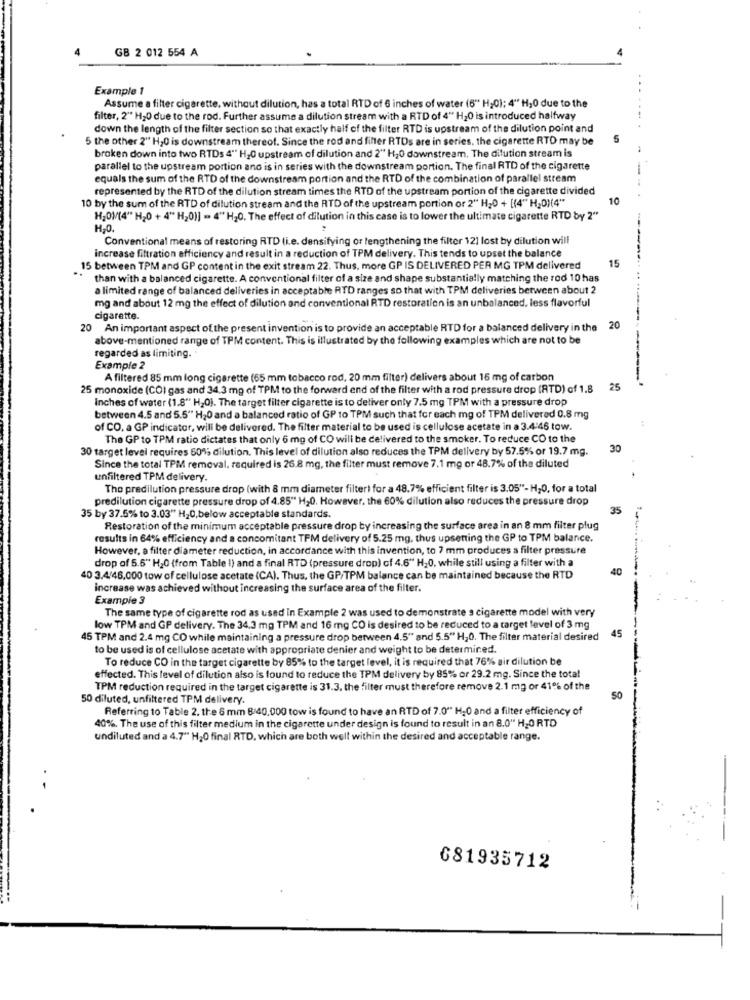
GB 2 012 554 A
Example 1
Assume a filter cigarette, without dilution, has a total RTD of 6 inches of water (6" H;0); 4" H20 due to the
filter, 2" H2O due to the rod. Further assume a dilution stream with a RTD of 4" H20 is introduced halfway
down the length of the filter section so that exactly half of the filter RTD is upstream of the dilution point and
5 the other 2" H,0 is downstream thereof. Since the rod and filter RTDs are in series, the cigarette RTD may be
5
broken down into two RTDs 4" H20 upstream of dilution and 2" H20 downstream. The dilution stream is
parallel to the upstream portion ano is in series with the downstream portion. The final RTD of the cigarette
equals the sum of the RTD of the downstream portion and the RTD of the combination of parallel stream
represented by the RTD of the dilution stream times the RTD of the upstream portion of the cigarette divided
10
10 by the sum of the RTD of dilution stream and the RTD of the upstream portion or 2"" H2O + [(4"" H20)(4"
H,OM(4" H2O + 4" H20)] = 4" H20. The effect of dilution in this case is to lower the ultimate cigarette RTD by 2"
H.O.
Conventional means of restoring RTD (i.e. densifying or lengthening the filter 121 lost by dilution will
increase filtration efficiency and result in a reduction of TPM delivery. This tends to upset the balance
15 between TPM and GP content in the exit stream 22. Thus, more GP IS DELIVERED PER MG TPM delivered
15
than with a balanced cigarette. A conventional filter of a size and shape substantially matching the rod 10 has
a limited range of balanced deliveries in acceptable RTD ranges so that with TPM deliveries between about 2
mg and about 12 mg the effect of dilution and conventional RTD restoration is an unbalanced, less flavorful
cigarette.
20 An important aspect of the present invention is to provide an acceptable RTD for a balanced delivery in the 20
above-mentioned range of TPM content. This is illustrated by the following examples which are not to be
regarded as limiting.
Example 2
A filtered 85 mm long cigarette (65 mm tobacco rod, 20 mm filter) delivers about 16 mg of carbon
25 monoxide (COI gas and 34.3 mg of TPM to the forward end of the filter with a rod pressure drop (ATD) of 1.8
25
Inches of water (1.8" H,0). The target filter cigarette is to deliver only 7.5 mg TPM with a pressure drop
between 4.5 and 5.5" H20 and a balanced ratio of GP to TPM such that for each mg of TPM delivered 0.8 mg
of CO, a GP indicator, will be delivered. The filter material to be used is cellulose acetate in a 3.4:46 tow.
The GP to TPM ratio dictates that only 6 mg of CO will be delivered to the smoker. To reduce CO to the
30 target level requires 60% dilution. This level of dilution also reduces the TPM delivery by 57.5% or 19.7 mg.
30
Since the total TPM removal, required is 26.8 mg, the filter must remove 7.1 mg or 48.7% of the diluted
unfiltered TPM delivery.
The predilution pressure drop (with 8 mm diameter filter) for a 48.7% efficient filter is 3.05"- H2O, for a total
predilution cigarette pressure drop of 4.85" H20. However, the 60% dilution also reduces the pressure drop
35
35 by 37.5% to 3.03" H20,below acceptable standards.
Restoration of the minimum acceptable pressure drop by increasing the surface area in an 8 mm filter plug
results in 64% efficiency and a concomitant TFM delivery of 5.25 mg, thus upsetting the GP to TPM balance.
However, a filter diameter reduction, in accordance with this invention, to 7 mm produces a filter pressure
drop of 5.5" H20 (from Table I) and a final RTD (pressure drop) of 4.6" H,0, while still using a filter with a
40
40 3.4/46.000 tow of cellulose acetate (CA). Thus, the GP/TPM balance can be maintained because the RTD
increase was achieved without increasing the surface area of the filter.
Example 3
The same type of cigarette rod as used In Example 2 was used to demonstrate a cigarette model with very
low TPM and GP delivery. The 34.3 mg TPM and 16 mg CO is desired to be reduced to a target level of 3 mg
45
45 TPM and 2.4 mg CO while maintaining a pressure drop between 4.5" and 5.5"" H20. The filter material desired
to be used is of cellulose acetate with appropriate denier and weight to be determined.
To reduce CO in the target cigarette by 85% to the target level, it is required that 76% air dilution be
effected. This level of dilution also is found to reduce the TPM delivery by 85% or 29.2 mg. Since the total
TPM reduction required in the target cigarette is 31.3. the filter must therefore remove 2.1 mg or 41% of the
50 diluted, unfiltered TPM delivery.
SO
Referring to Table 2. the 6 mm 8/40,000 tow is found to have an RTD of 7.0"" H20 and a filter efficiency of
40%. The use of this filter medium in the cigarette under design is found to result in an 8.0" H20 RTD
undiluted and a 4.7" H20 final RTD, which are both well within the desired and acceptable range.
-
681935712